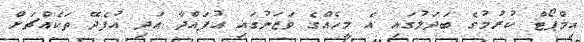
އިމްޕޯޓް ކުރުމުގެ ބަދަލުގައި އެ މީހެއްގެ ވަޒަނުގައި އުފައްދާ އަދި އުފެދޭ ތަކެއްޗަށް